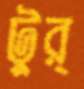
টুর্